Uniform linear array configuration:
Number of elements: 4
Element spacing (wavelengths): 0.25
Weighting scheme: kaiser
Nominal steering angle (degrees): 60
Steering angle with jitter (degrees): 59.412
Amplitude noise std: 0.05
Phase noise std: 0.05

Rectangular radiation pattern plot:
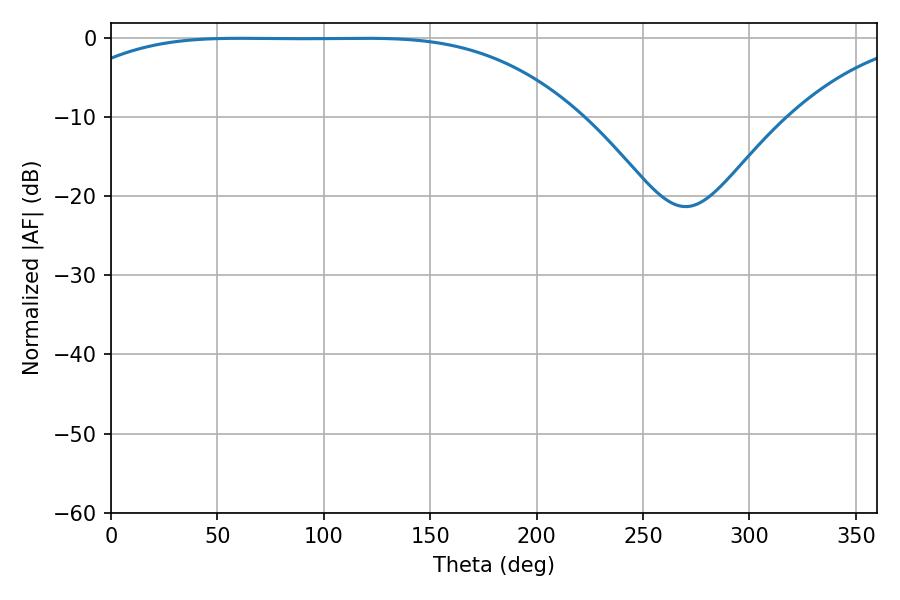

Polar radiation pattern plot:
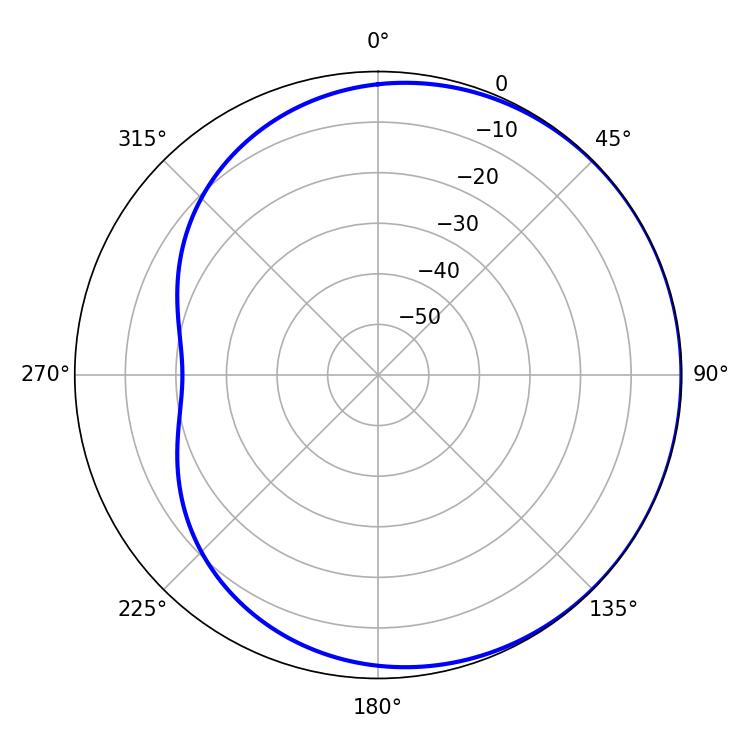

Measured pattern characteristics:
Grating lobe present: FALSE
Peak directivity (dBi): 0.5496
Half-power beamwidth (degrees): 184.32
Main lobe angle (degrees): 60.84